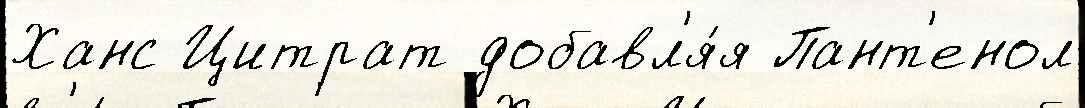
Ханс Цитрат добавл'я́я Пант'енол